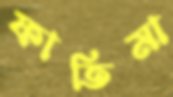
ফাতিমা